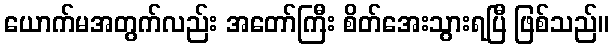
ယောက်မအတွက်လည်း အတော်ကြီး စိတ်အေးသွားရပြီ ဖြစ်သည်။